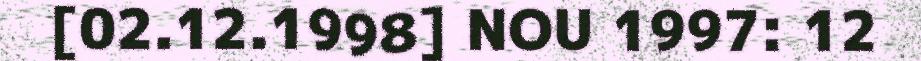
[02.12.1998] NOU 1997: 12